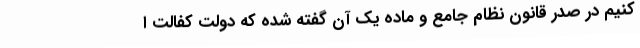
کنیم در صدر قانون نظام جامع و ماده یک آن گفته شده که دولت کفالت ا